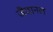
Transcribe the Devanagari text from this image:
जैवानल